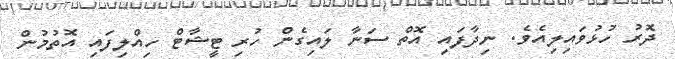
ދޮރު ހުޅުވައިލިއެވެ. ނިދާފައި އޮތް ސަނާ ލައިގެން ހުރި ޓީޝާޓް ހިއްލިފައި އޮތުމުން